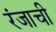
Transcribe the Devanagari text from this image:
रंजाची